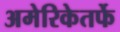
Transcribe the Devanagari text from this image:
अमेरिकेतर्फे